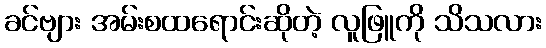
ခင်ဗျား အမ်းစထရောင်းဆိုတဲ့ လူဖြူကို သိသလား